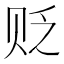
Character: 贬